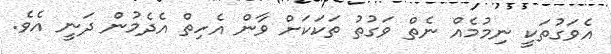
އެވަގުތަކީ ނިމުމެއް ނެތް ވަގުތު ތަކަކަށް ވާން އެހިތް އެދެމުން ދަނީ އެވެ.